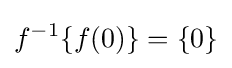
f^{-1}\{f(0)\}=\{0\}